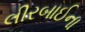
લીરબાઈના